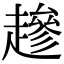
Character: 䟃